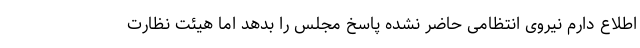
اطلاع دارم نیروی انتظامی حاضر نشده پاسخ مجلس را بدهد اما هیئت نظارت